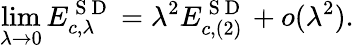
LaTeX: \operatorname*{lim}_{\lambda\to 0}E_{c,\lambda}^{\mathrm{~S~D~}}=\lambda^{2}E_{c,(2)}^{\mathrm{~S~D~}}+o(\lambda^{2}).